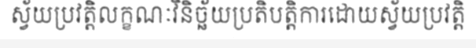
ស្វ័យប្រវត្តិលក្ខណៈវិនិច្ឆ័យប្រតិបត្តិការដោយស្វ័យប្រវត្តិ